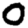
Digit: 0